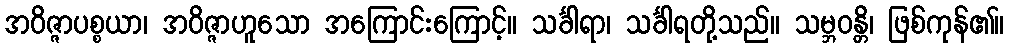
အဝိဇ္ဇာပစ္စယာ၊ အဝိဇ္ဇာဟူသော အကြောင်းကြောင့်။ သင်္ခါရာ၊ သင်္ခါရတို့သည်။ သမ္ဘဝန္တိ၊ ဖြစ်ကုန်၏။